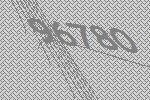
96780